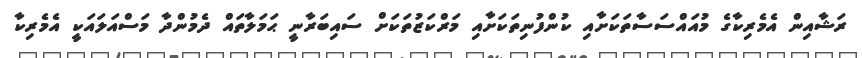
ރަޝާއިން އެމެރިކާގެ މުއައްސަސާތަކަށާއި ކުންފުނިތަކަށާއި މަރްކަޒުތަކަށް ސައިބަރާނީ ޙަމަލާތައް ދެމުންދާ މަސްއަލައަކީ އެމެރިކާ